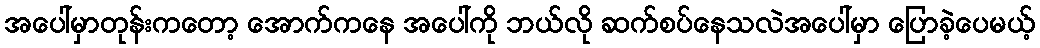
အပေါ်မှာတုန်းကတော့ အောက်ကနေ အပေါ်ကို ဘယ်လို ဆက်စပ်နေသလဲအပေါ်မှာ ပြောခဲ့ပေမယ့်